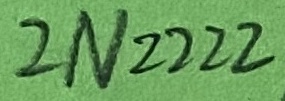
Text: 2N2222